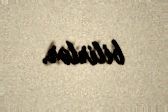
bilirlər.